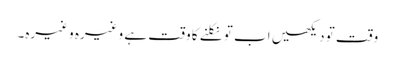
وقت تو دیکھیں اب تو نکلنے کا وقت ہے وغیرہ وغیرہ۔